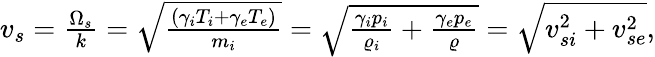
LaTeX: \begin{array}{r}{v_{s}=\frac{\Omega_{s}}{k}=\sqrt{\frac{\left(\gamma_{i}T_{i}+\gamma_{e}T_{e}\right)}{m_{i}}}=\sqrt{\frac{\gamma_{i}p_{i}}{\varrho_{i}}+\frac{\gamma_{e}p_{e}}{\varrho}}=\sqrt{v_{si}^{2}+v_{se}^{2}},}\end{array}